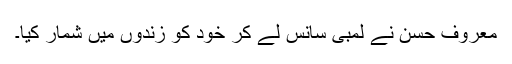
معروف حسن نے لمبی سانس لے کر خود کو زندوں میں شمار کیا۔